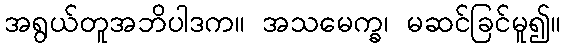
အရွယ်တူအဘိပါဒက။ အသမေက္ခ၊ မဆင်ခြင်မူ၍။